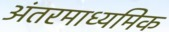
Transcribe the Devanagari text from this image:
अंतरमाध्यमिक